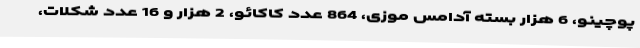
پوچینو، 6 هزار بسته آدامس موزی، 864 عدد کاکائو، 2 هزار و 16 عدد شکلات،